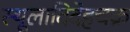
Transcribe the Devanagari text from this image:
स्थूलादिदेहचक्र